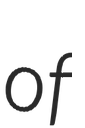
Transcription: of